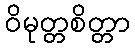
ဝိမုတ္တစိတ္တာ